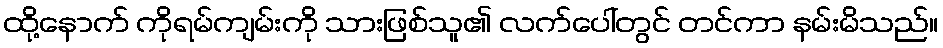
ထို့နောက် ကိုရမ်ကျမ်းကို သားဖြစ်သူ၏ လက်ပေါ်တွင် တင်ကာ နမ်းမိသည်။